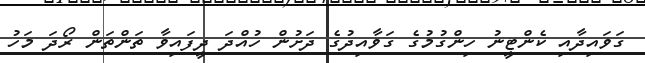
ގަވައިދާއި ކެންޓީނު ހިންގުމުގެ ގަވާއިދުގެ ދަށުން ހުއްދަ ދީފައިވާ ތަންތަން ރޯދަ މަހު